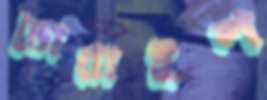
ডোরাইল